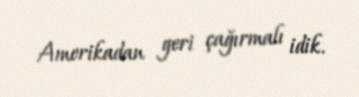
Amerikadan geri çağırmalı idik.